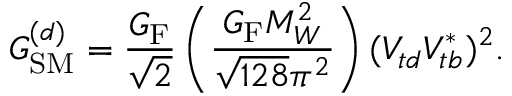
G _ { \mathrm { S M } } ^ { ( d ) } = \frac { G _ { \mathrm { F } } } { \sqrt { 2 } } \left( \frac { G _ { \mathrm { F } } M _ { W } ^ { 2 } } { \sqrt { 1 2 8 } \pi ^ { 2 } } \right) ( V _ { t d } V _ { t b } ^ { \ast } ) ^ { 2 } .